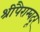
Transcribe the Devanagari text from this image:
श्रीपैराम्बदूर